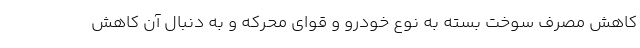
کاهش مصرف سوخت بسته به نوع خودرو و قوای محرکه و به دنبال آن کاهش